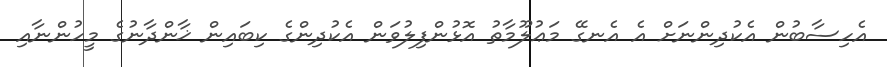
އެހިސާބުން އެކުދިންނަށް އެ އެނގޭ މަޢުލޫމާތު އޮޅުންފިލުވަން އެކުދިންގެ ކިބައިން ޚާންދާނުގެ މީހުންނާއި